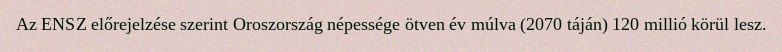
Az ENSZ előrejelzése szerint Oroszország népessége ötven év múlva (2070 táján) 120 millió körül lesz.